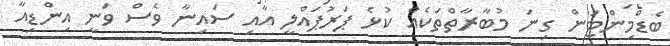
ބެޑްމިންޓަން ގިނަ މުބާރާތްތަކެއް ކުޅެ ޕަރުޕައްލީ އާއި ސައިނާ ވެސް ވަނީ އިންޑިއާ